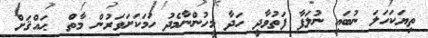
ތިޔަކަހަލަ ނުބައި ނުލަފާ ފަތުވާދީ ހަދާ މީހުންނާމެދު ހަމަކަށަވަރުން މާތް  ޙައްޤަށް